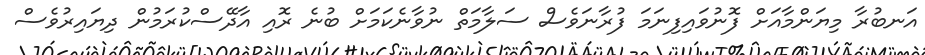
އަނބުރާ މިޔަންމާއަށް ފޮނުވައިފިނަމަ ފުރާނަވެސް ސަލާމަތް ނުވާނެކަމަށް ބުނެ ރޮއި އާދޭސްކުރަމުން ދިޔައިރުވެސް